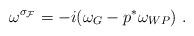
LaTeX: \begin{align*}\omega^{\sigma_{\cal F}} = -i(\omega_G - p^* \omega_{WP})~.\end{align*}